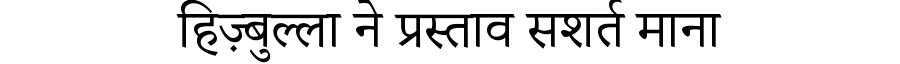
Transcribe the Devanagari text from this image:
हिज़्बुल्ला ने प्रस्ताव सशर्त माना